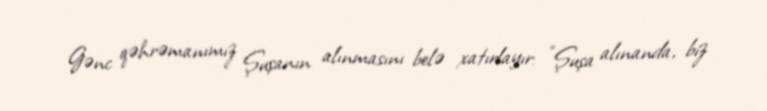
Gənc qəhrəmanımız Şuşanın alınmasını belə xatırlayır: “Şuşa alınanda, biz